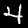
Label: 4